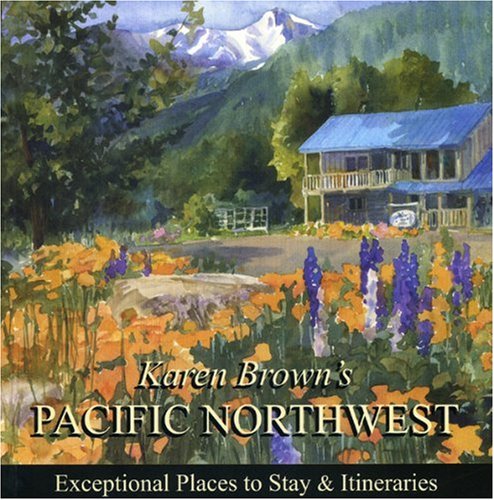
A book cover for Karen Brown's Pacific Northwest 2010 (Karen Brown's Pacific Northwest: Exceptional Places to Stay & Itineraries); Karen Brown; Travel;